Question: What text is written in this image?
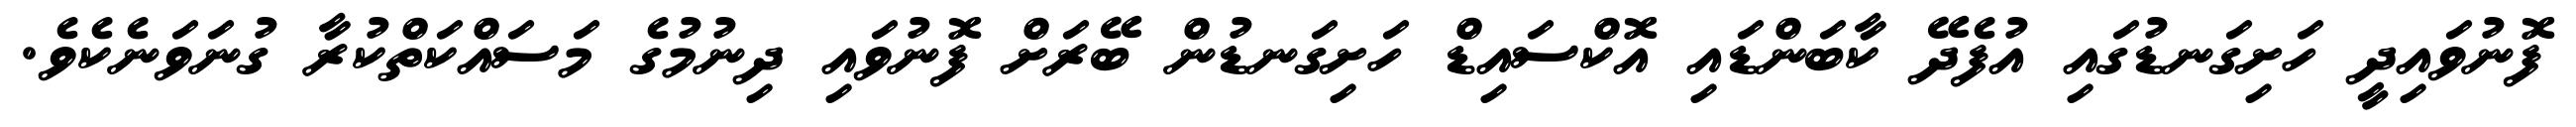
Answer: ފޮނުވައިދީ ހަށިގަނޑުގައި އުފެދޭ ކާބަންޑައި އޮކްސައިޑް ހަށިގަނޑުން ބޭރަށް ފޮނުވައި ދިނުމުގެ މަސައްކަތްކުރާ ގުނަވަނެކެވެ.